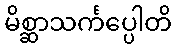
မိစ္ဆာသင်္ကပ္ပေါတိ